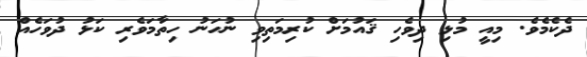
ދެކެމެވެ. މިއީ މުޅި ދިވެހި ޤައުމަށް ކުރިމަތިވި ނުހަނު ހިތާމަވެރި ކަޅު ދުވަހެއް